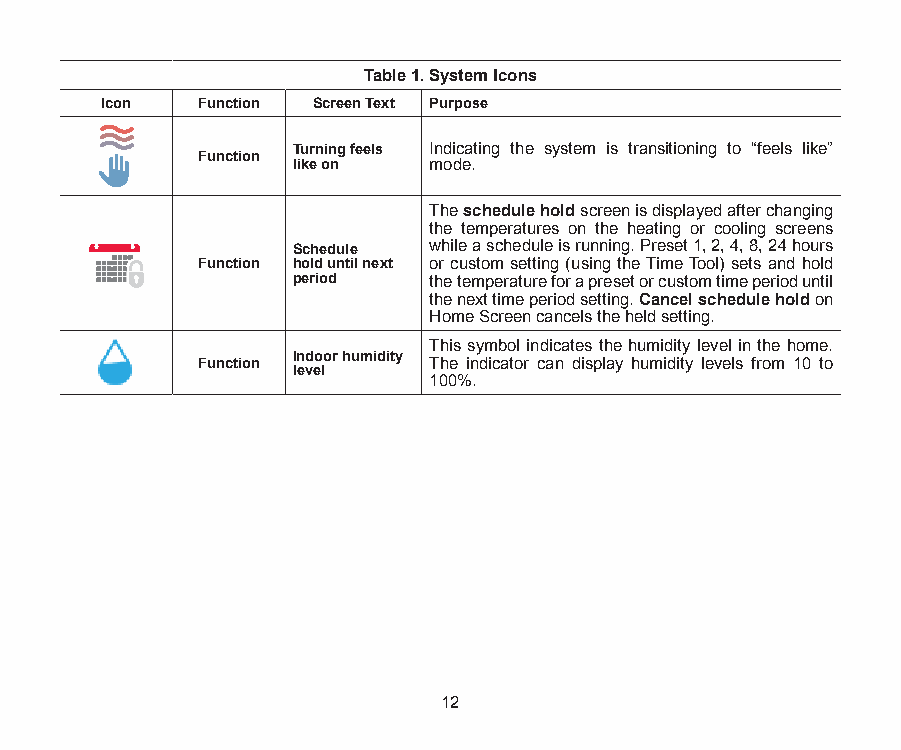
Table 1. System Icons
 Icon  Function Screen Text Purpose
 Turning feels Indicating the system is transitioning to “feels like”
 Function
 like on  mode.
 The schedule hold screen is displayed after changing
 the temperatures on the heating or cooling screens
 Schedule while a schedule is running. Preset 1, 2, 4, 8, 24 hours
 Function hold until next or custom setting (using the Time Tool) sets and hold
 period   the temperature for a preset or custom time period until
 the next time period setting. Cancel schedule hold on
 Home Screen cancels the held setting.
 This symbol indicates the humidity level in the home.
 Function Indoor humidity The indicator can display humidity levels from 10 to
 level
 100%.
 12